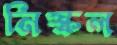
নিষ্কল